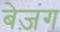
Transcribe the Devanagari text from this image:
बेज़ंग